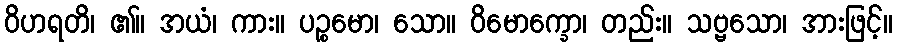
ဝိဟရတိ၊ ၏။ အယံ၊ ကား။ ပဉ္စမော၊ သော။ ဝိမောက္ခော၊ တည်း။ သဗ္ဗသော၊ အားဖြင့်။